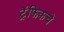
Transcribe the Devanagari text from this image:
ट्रॅफिकचे